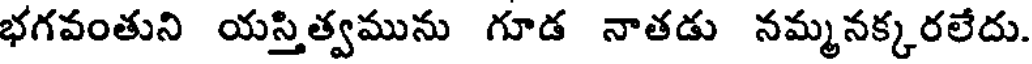
భగవంతుని యస్తిత్వమును గూడ నాతడు నమ్మనక్కరలేదు.